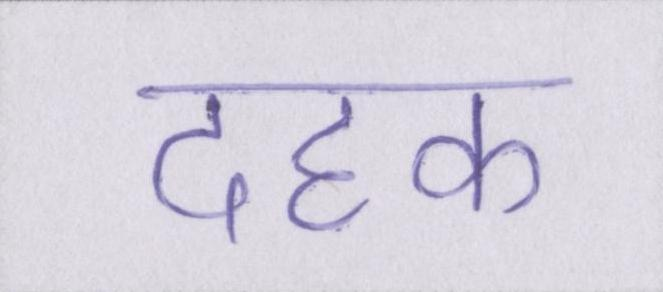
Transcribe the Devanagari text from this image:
दहक